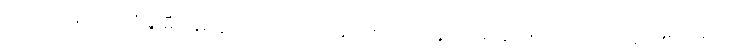
အကြောင်းပြုကာ မီးရှူးမီးပန်းလွှတ်တာ၊ဗြောက်အိုးဖောက်တာ၊ရှူးဒိုင်းတွေဖောက်တာကြောင့်အများပြည်သူ